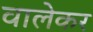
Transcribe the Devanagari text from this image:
वालेकर